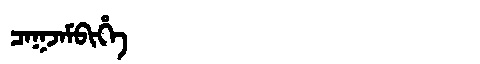
Manchu: ᠴᠠᡴᠵᠠᠮᠪᡳᡥᡝ
Romanization: CAKJAMBIHE